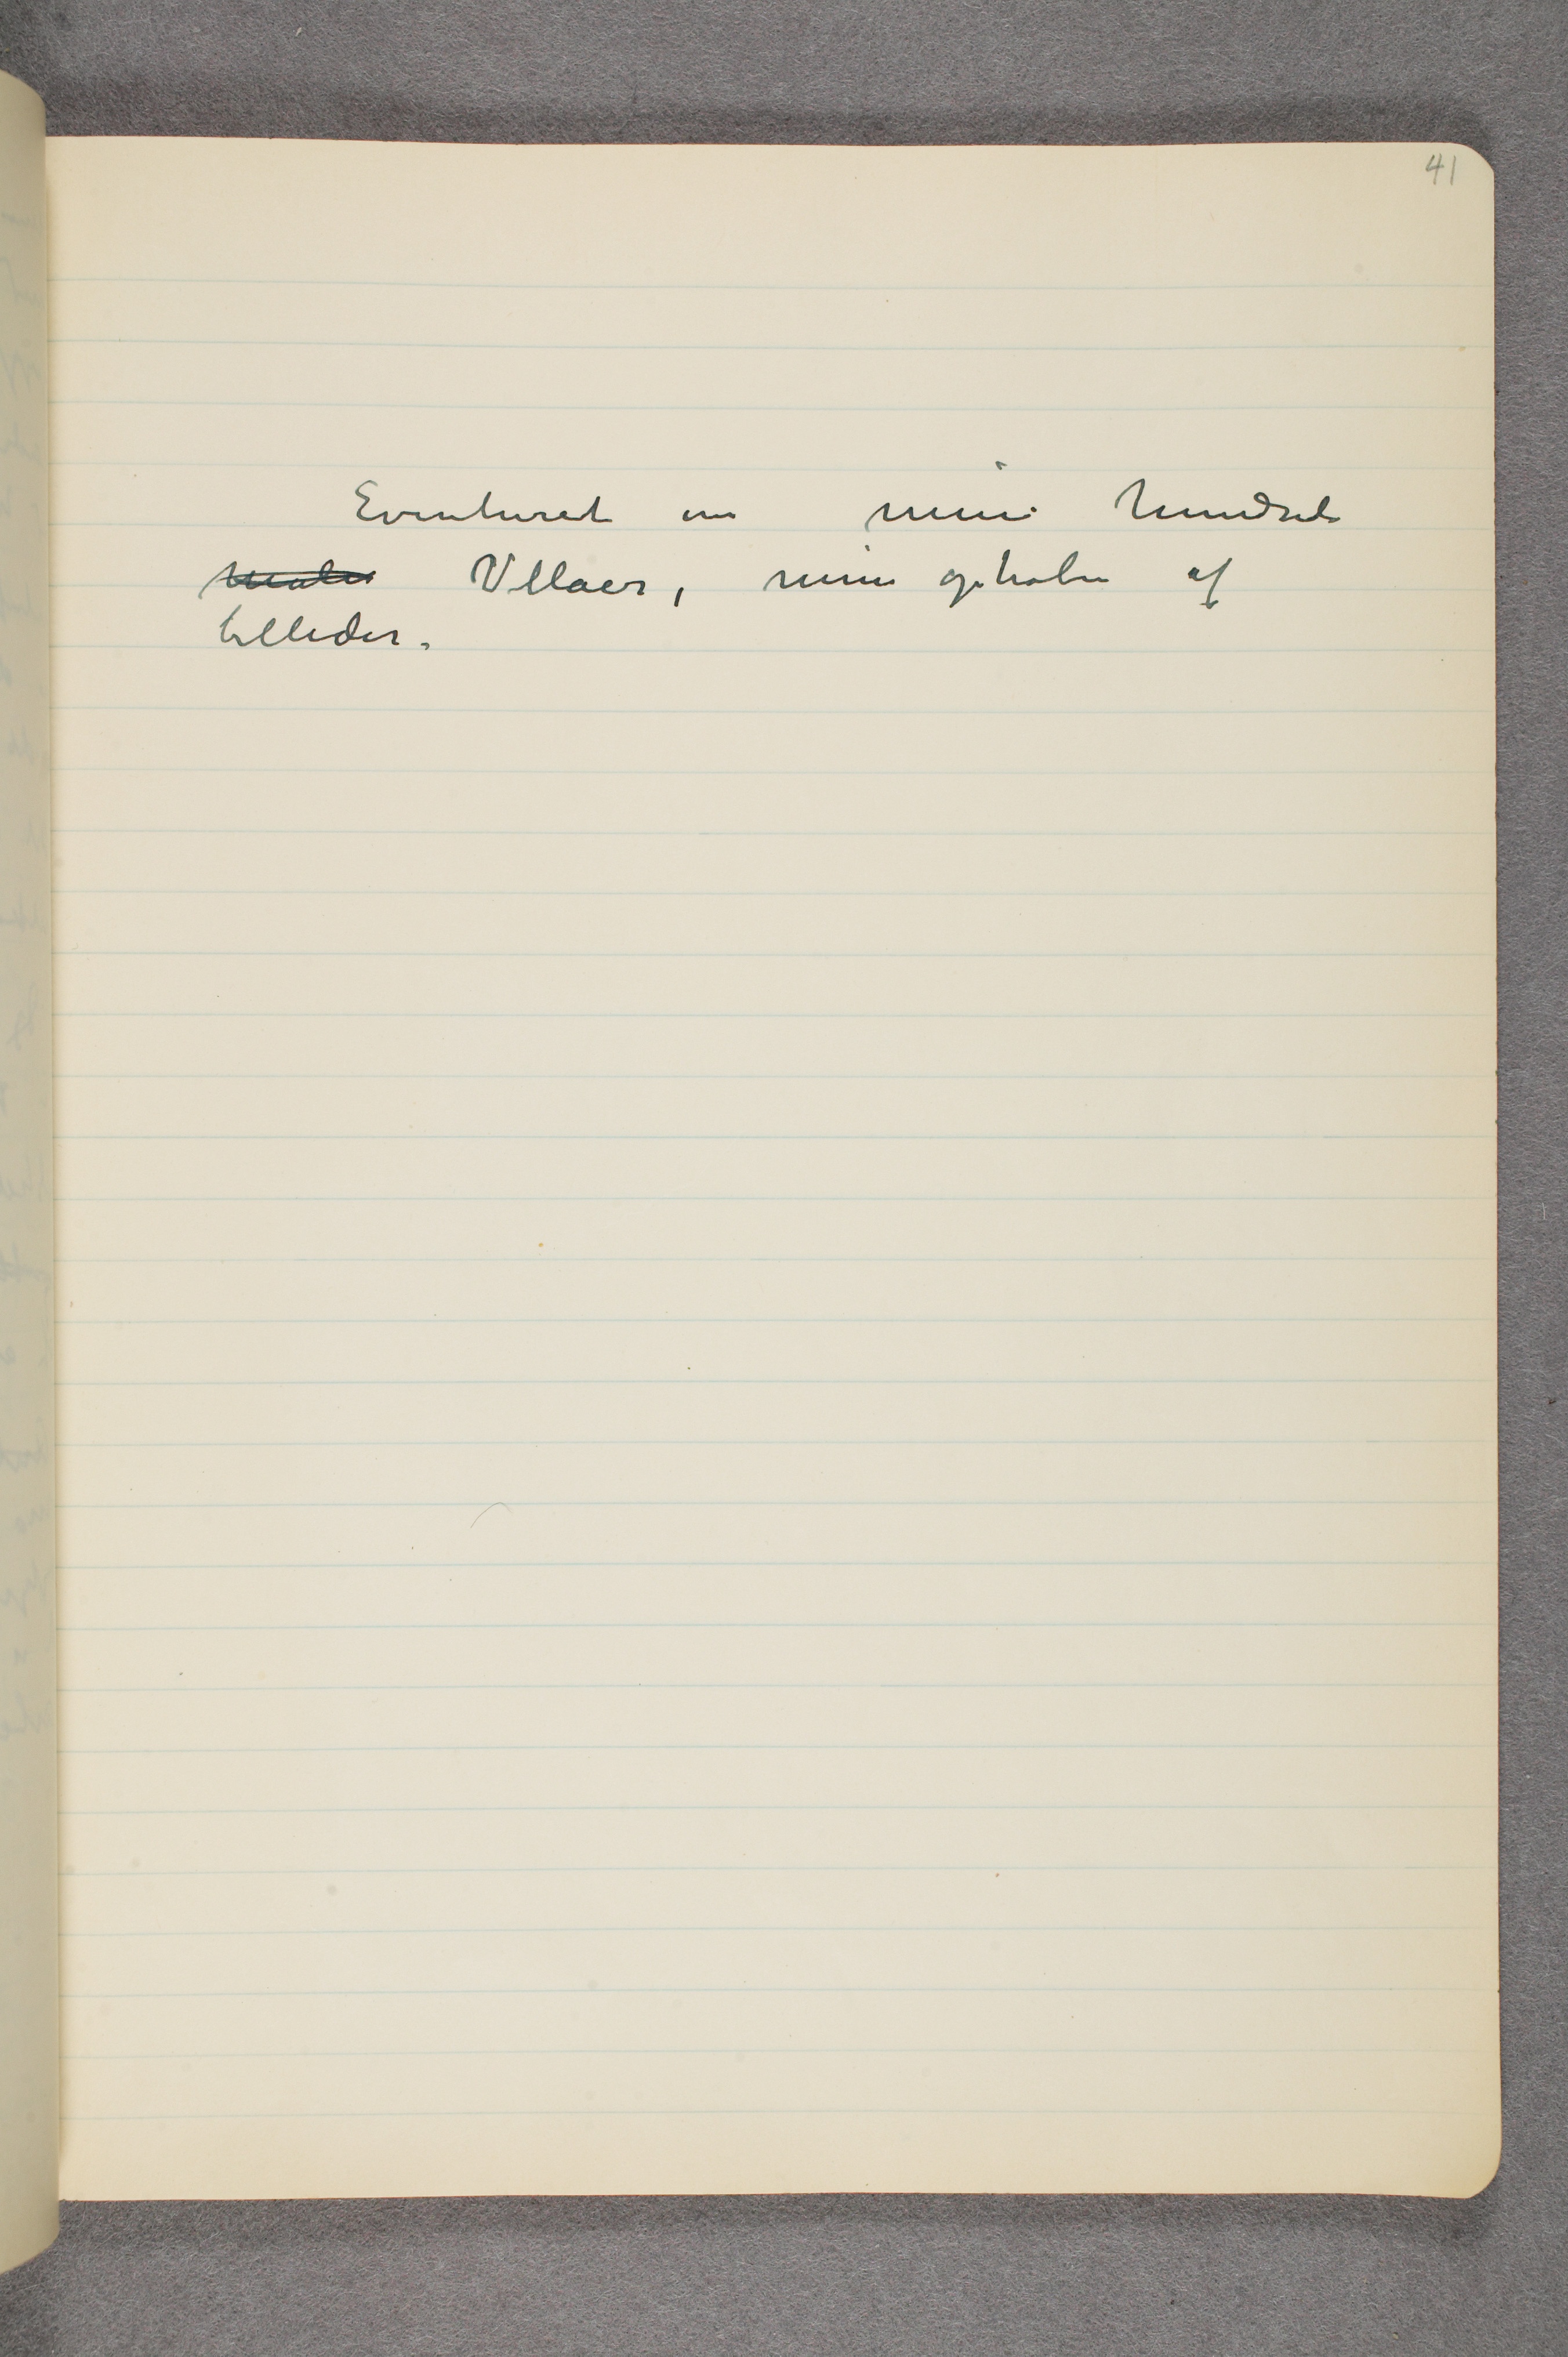
Eventuret om mine hundrede
Maler Villaer, min ophoben af
billeder.